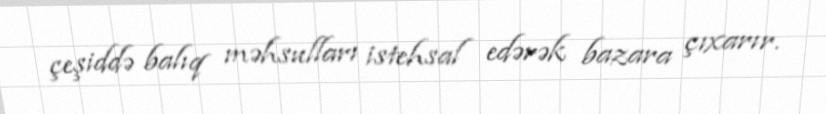
çeşiddə balıq məhsulları istehsal edərək bazara çıxarır.